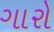
ગારો